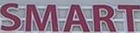
SMART